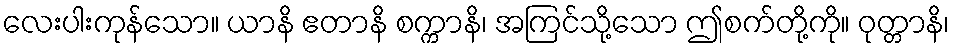
လေးပါးကုန်သော။ ယာနိ ဧတာနိ စက္ကာနိ၊ အကြင်သို့သော ဤစက်တို့ကို။ ဝုတ္တာနိ၊